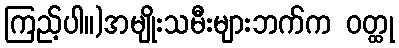
ကြည့်ပါ။)အမျိုးသမီးများဘက်က ဝတ္ထု